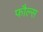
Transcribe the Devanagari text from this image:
फौल्स